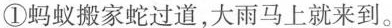
①蚂蚁搬家蛇过道，大雨马上就来到。